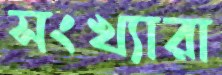
সংখ্যারা